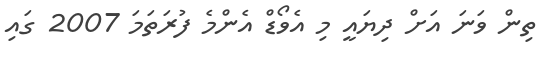
ތިން ވަނަ އަށް ދިޔައީ މި އެވޯޑް އެންމެ ފުރަތަމަ 2007 ގައި